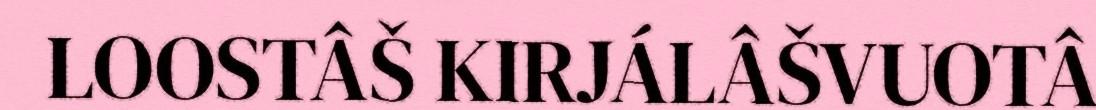
LOOSTÂŠ KIRJÁLÂŠVUOTÂ